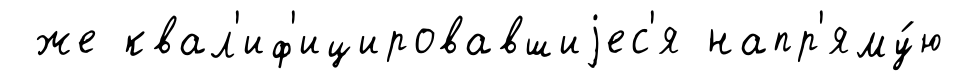
же квал'иф'ицировавшиjес'я напр'яму́ю